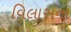
વિલાસના